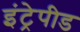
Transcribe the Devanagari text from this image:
इंट्रेपीड